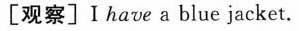
[观察]Ⅰhave a blue jacket.